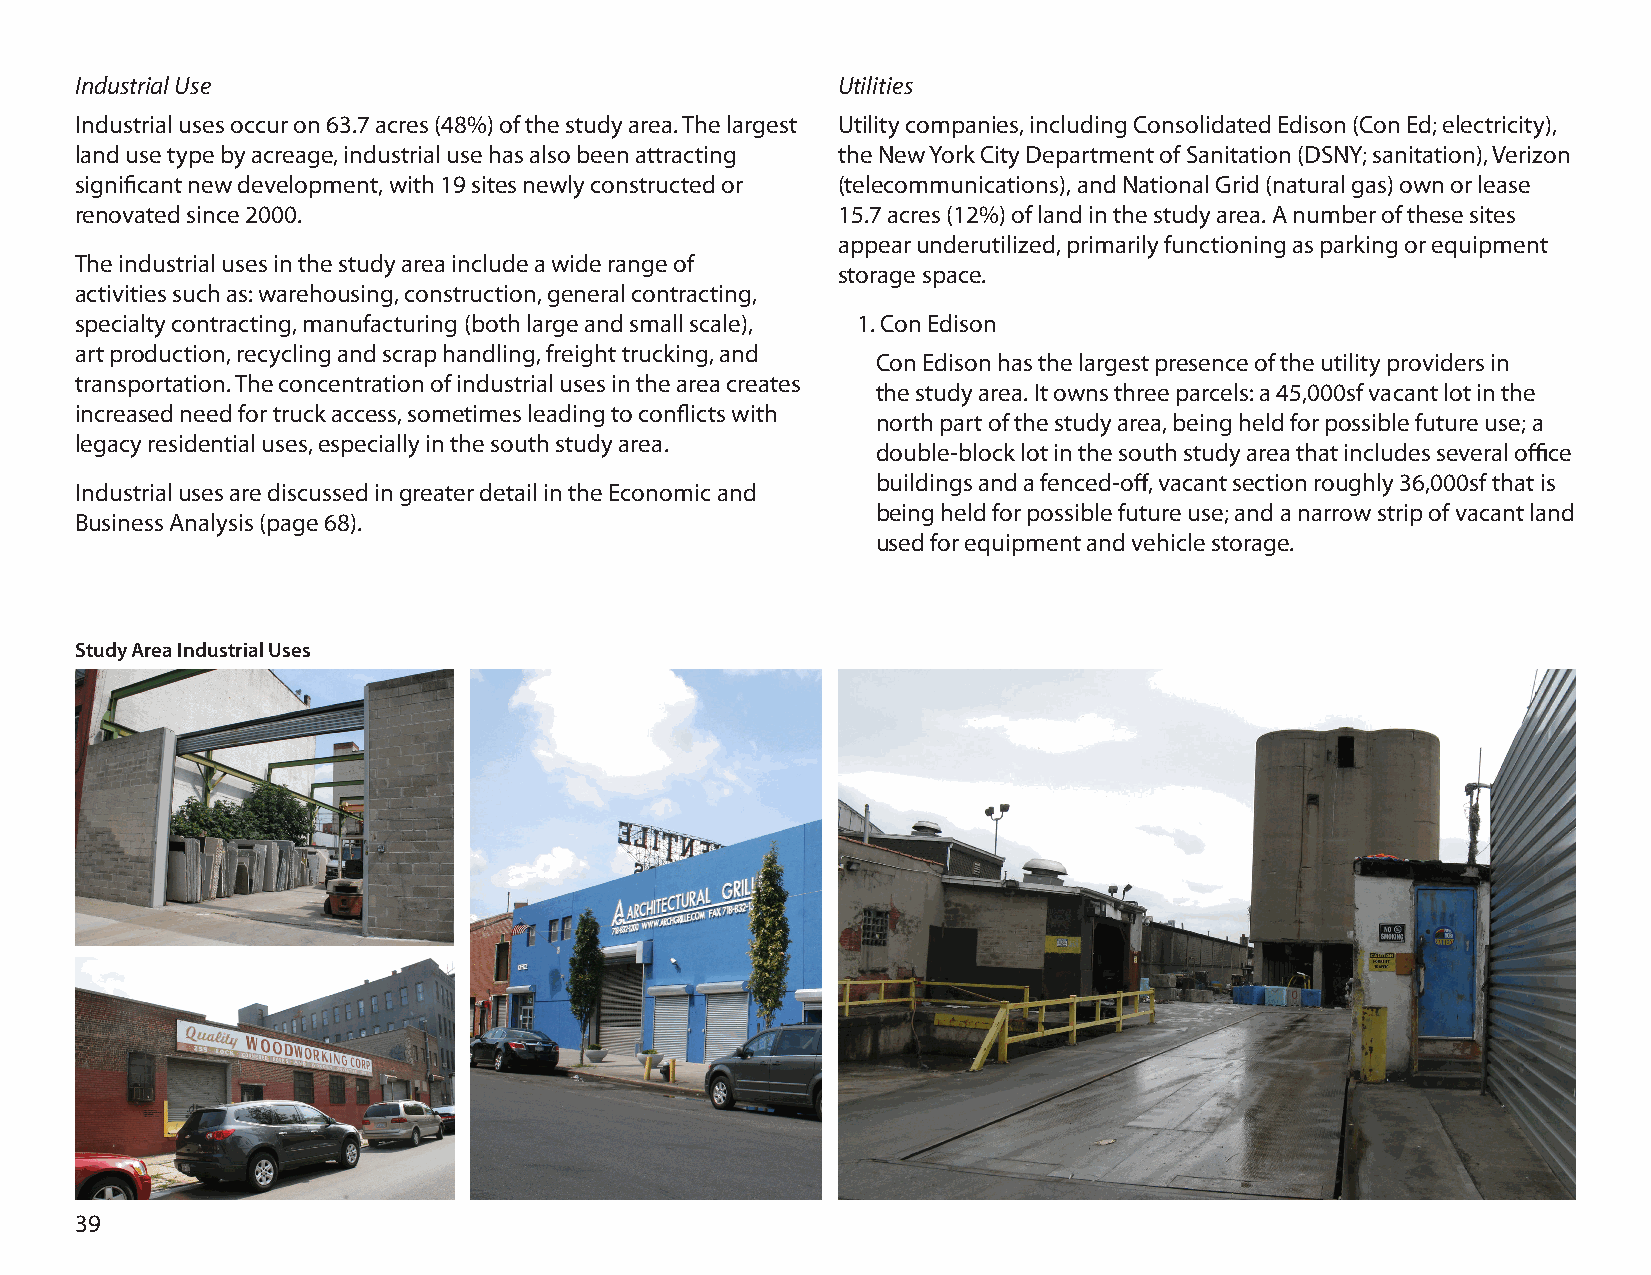
Industrial Use                                    Utilities
 Industrial uses occur on 63.7 acres (48%) of the study area. The largest Utility companies, including Consolidated Edison (Con Ed; electricity),
 land use type by acreage, industrial use has also been attracting the New York City Department of Sanitation (DSNY; sanitation), Verizon
 significant new development, with 19 sites newly constructed or (telecommunications), and National Grid (natural gas) own or lease
 renovated since 2000.                             15.7 acres (12%) of land in the study area. A number of these sites
 appear underutilized, primarily functioning as parking or equipment
 The industrial uses in the study area include a wide range of
 storage space.
 activities such as: warehousing, construction, general contracting,
 specialty contracting, manufacturing (both large and small scale), 1. Con Edison
 art production, recycling and scrap handling, freight trucking, and
 Con Edison has the largest presence of the utility providers in
 transportation. The concentration of industrial uses in the area creates
 the study area. It owns three parcels: a 45,000sf vacant lot in the
 increased need for truck access, sometimes leading to conflicts with
 north part of the study area, being held for possible future use; a
 legacy residential uses, especially in the south study area.
 double-block lot in the south study area that includes several office
 buildings and a fenced-off, vacant section roughly 36,000sf that is
 Industrial uses are discussed in greater detail in the Economic and
 being held for possible future use; and a narrow strip of vacant land
 Business Analysis (page 68).
 used for equipment and vehicle storage.
 Study Area Industrial Uses
 39